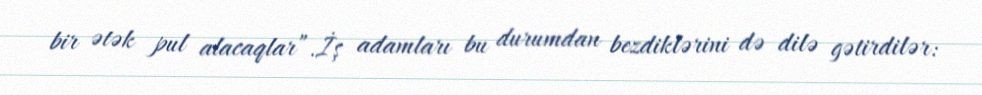
bir ətək pul alacaqlar”.İş adamları bu durumdan bezdiklərini də dilə gətirdilər: